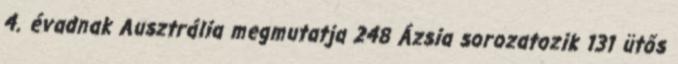
4. évadnak Ausztrália megmutatja 248 Ázsia sorozatozik 131 ütős